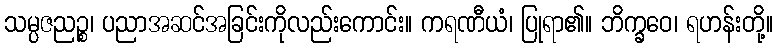
သမ္ပဇညဉ္စ၊ ပညာအဆင်အခြင်းကိုလည်းကောင်း။ ကရဏီယံ၊ ပြုရာ၏။ ဘိက္ခဝေ၊ ရဟန်းတို့။